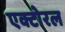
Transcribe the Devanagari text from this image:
एक्टोरल